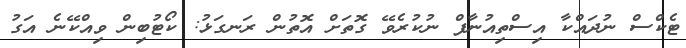
ޓެކްސް ނުދައްކާ އިސްތިއުނާފް ނުކުރެވޭ ގޮތަށް އޮތުން ރަނގަޅު: ކޯޓުބިން ވިއްކޭނެ އަގު